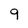
Character: 9